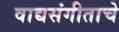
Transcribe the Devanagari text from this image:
वाद्यसंगीताचे